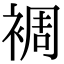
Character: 裯